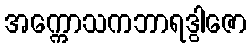
အက္ကောသကဘာရဒွါဇော